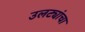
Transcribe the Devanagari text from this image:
उलट्यांचा